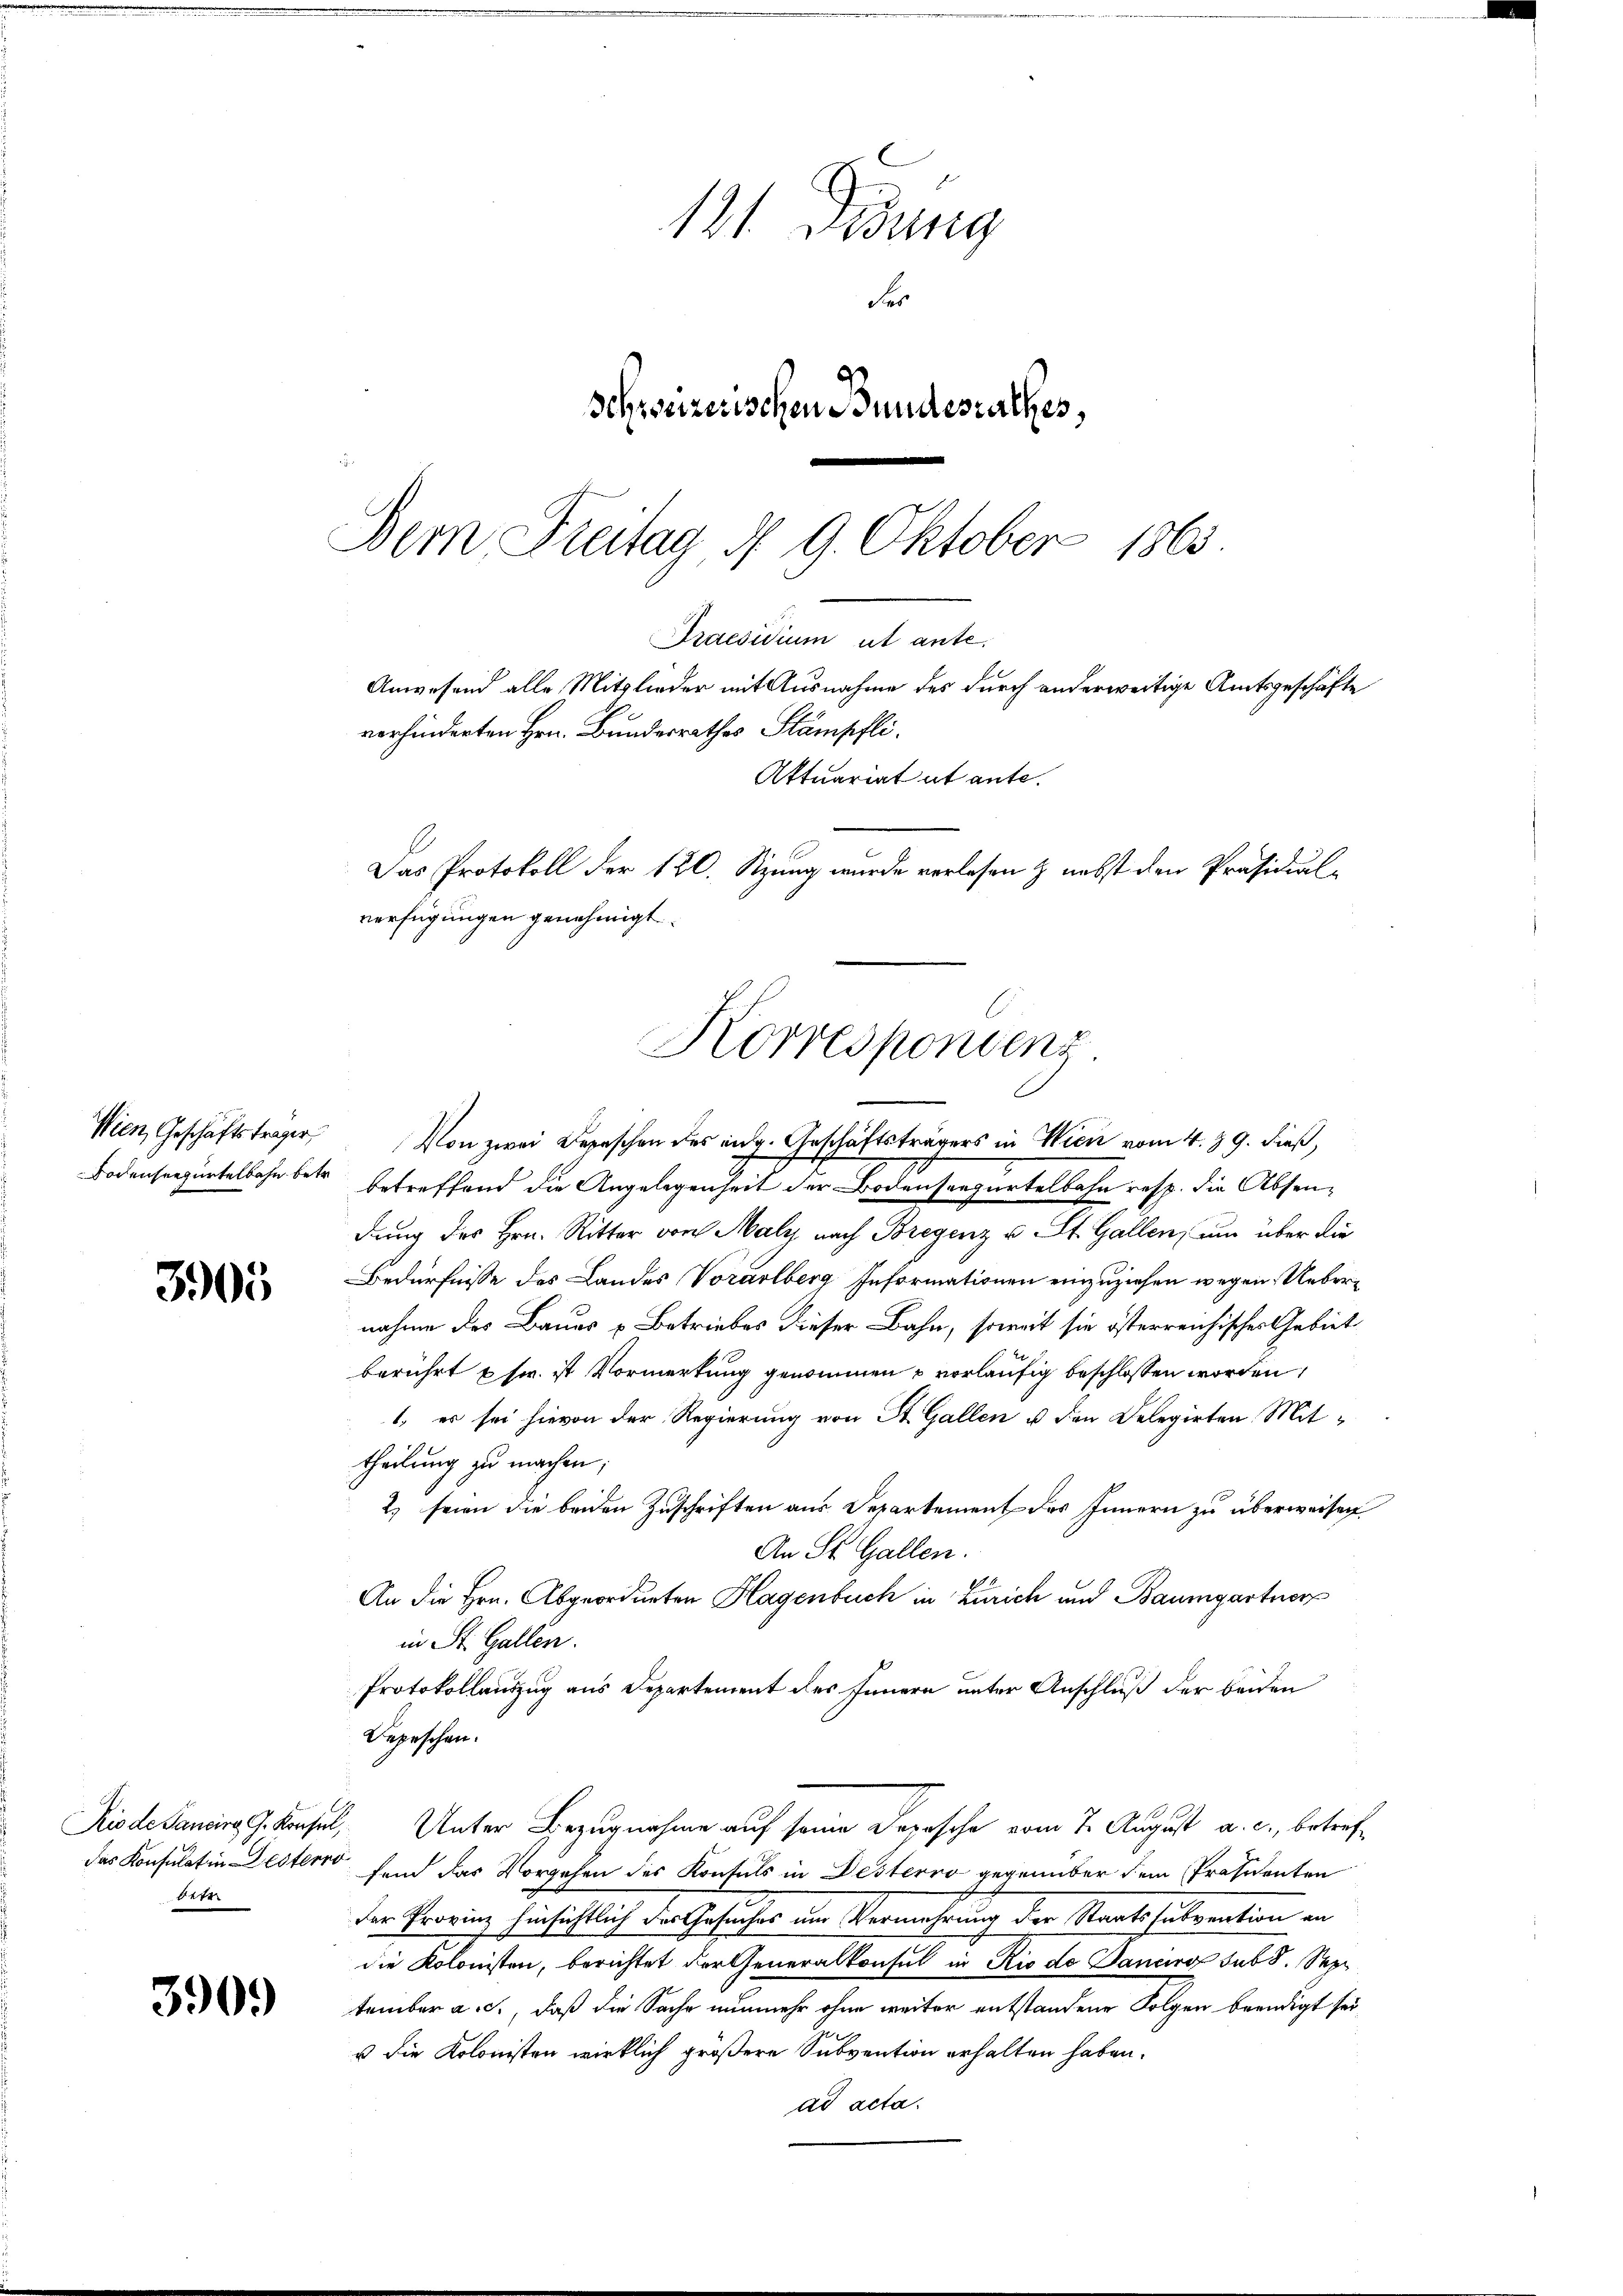
3905

be

3909

Wien, Geschäftsträger Von zwei Depeschen des eidg. Geschäftsträgers in Wien vom 4. 89. dieß,
Bodenseegürtelbahn betr. betreffend die Angelegenheit der Bodenseegurtelbahn resp. die Absendung des Hrn. Ritter von Malz nach Bregenz u. St. Gallen, nun über die
Bedürfnisse des Landes Vorarlberg Informationen einzuziehen wegen Uebernahme des Bauer u Betriebes dieser Bahn, soweit sie österreichischer Gebiet
berührt u. fr. ist Vormerkung genommen u vorläufig beschlossen worden,
1., es sei hievon der Regierung von St. Gallen u den Delegirten Mittheilung zu machen;
2) seien die beiden Zuschriften aus Departement des Innern zu überweisen
An St. Gallen.
An die Hrn. Abgeordneten Hagenbuch in Zürich und Baumgartner
in St. Gallen.
Protokollauszug aus Departement des Innern unter Anschluß der beiden
Legeschen.
Riode sancira G. Krusel, Unter Bezugnahme auf seine Depesche vom 7. August a. c., betrefdas Konsulatin Lister fand das Vorgehen des Konfels in Desterro gegenüber dem Präsidenten
der Provinz hinsichtlich der Gesuches um Vermehrung der Staatssubvention an
die Kolonisten, berichtet der Generalkonsul in Rio de Daniers sub 8. Sep
tember a. c., daß die Sache nunmehr ohne weiter entstandene Folgen beendigt sei
u die Kolonisten wirklich größere Subvention erhalten haben.
ad acta.

131 Desung
Fer
Schweizerischen Bundesrathes,

Dem Freitag d. 9. Oktober 1863.
Praesidium ut ante.
Anwesend alle Mitglieder mit Ausnahme des durch anderweitige Amtsgeschäfte
vorhinderten Hrn. Bundesrathes Stampfli¬
Aktuariat et ante.
Das Protokoll der 120. Stzung wurde verlesen & nebst den Präsidial-
verfügungen genehmigt.
Korrespondenz